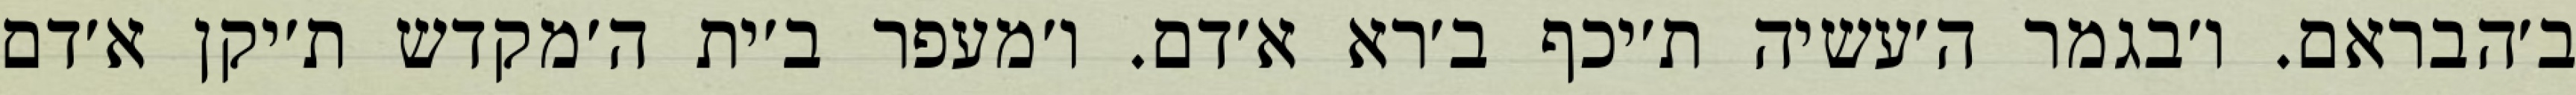
ב׳הבראם. ו׳בגמר ה׳עשיה ת׳יכף ב׳רא א׳דם. ו׳מעפר ב׳ית ה׳מקדש ת׳יקן א׳דם